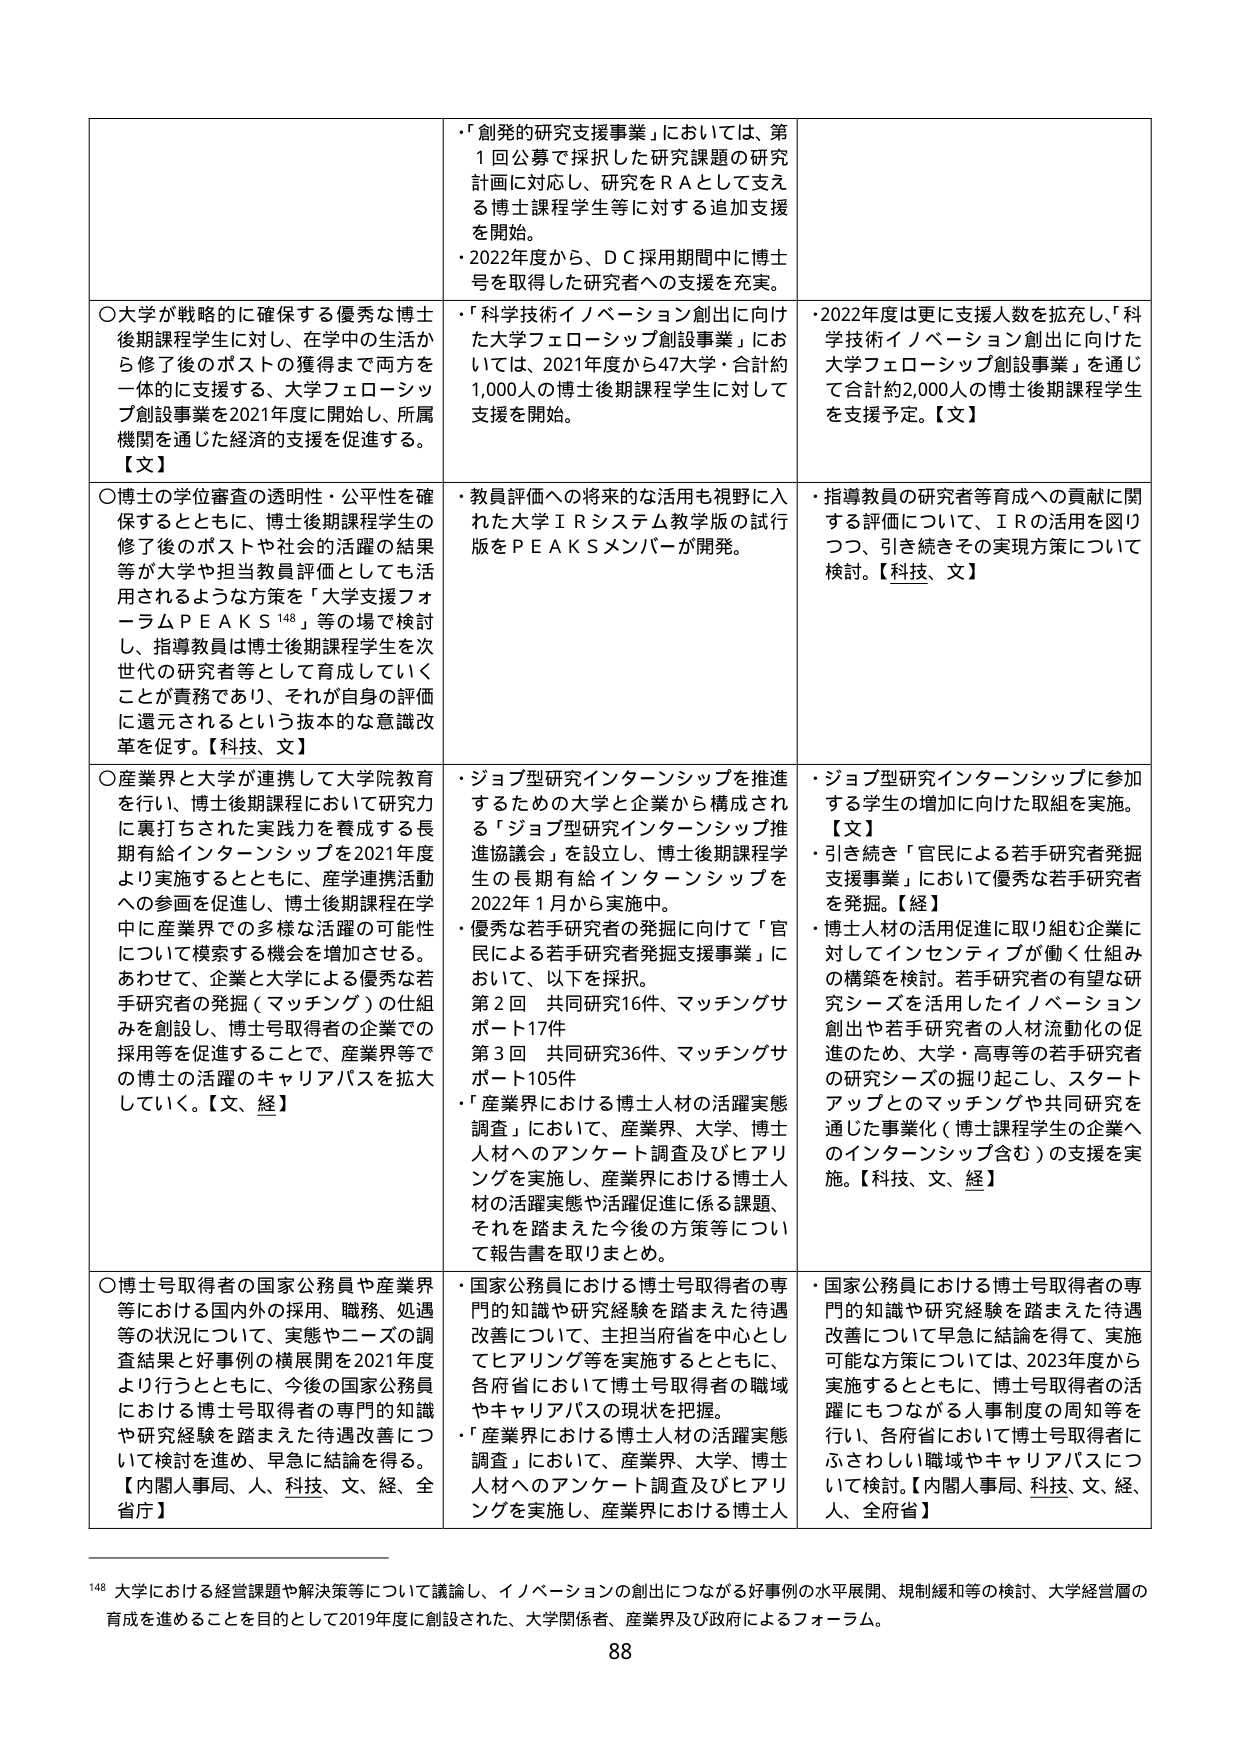
○博士の学位審査の透明性・公平性を確保するとともに、博士後期課程学生の修了後のポストや社会的活躍の結果等が大学や担当教員評価としても活用されるような方策を「大学支援フォーラムＰＥＡＫＳ¹⁴⁸」等の場で検討し、指導教員は博士後期課程学生を次世代の研究者等として育成していくことが責務であり、それが自身の評価に還元されるという抜本的な意識改革を促す。【科技、文】

○産業界と大学が連携して大学院教育を行い、博士後期課程において研究力に裏打ちされた実践力を養成する長期有給インターンシップを2021年度より実施するとともに、産学連携活動への参画を促進し、博士後期課程在学中に産業界での多様な活躍の可能性について模索する機会を増加させる。あわせて、企業と大学による優秀な若手研究者の発掘（マッチング）の仕組みを創設し、博士号取得者の企業での採用等を促進することで、産業界等での博士の活躍のキャリアパスを拡大していく。【文、経】

○博士号取得者の国家公務員や産業界等における国内外の採用、職務、処遇等の状況について、実態やニーズの調査結果と好事例の横展開を2021年度より行うとともに、今後の国家公務員における博士号取得者の専門的知識や研究経験を踏まえた待遇改善について検討を進め、早急に結論を得る。【内閣人事局、人、科技、文、経、全省庁】

・「創発的研究支援事業」においては、第1回公募で採択した研究課題の研究計画に対応し、研究をＲＡとして支える博士課程学生等に対する追加支援を開始。
・2022年度から、ＤＣ採用期間中に博士号を取得した研究者への支援を充実。

・「科学技術イノベーション創出に向けた大学フェローシップ創設事業」においては、2021年度から47大学・合計約1,000人の博士後期課程学生に対して支援を開始。

・教員評価への将来的な活用も視野に入れた大学ＩＲシステム教学版の試行版をＰＥＡＫＳメンバーが開発。

・ジョブ型研究インターンシップを推進するための大学と企業から構成される「ジョブ型研究インターンシップ推進協議会」を設立し、博士後期課程学生の長期有給インターンシップを2022年1月から実施中。
・優秀な若手研究者の発掘に向けて「官民による若手研究者発掘支援事業」において、以下を採択。
第2回 共同研究16件、マッチングサポート17件
第3回 共同研究36件、マッチングサポート105件
・「産業界における博士人材の活躍実態調査」において、産業界、大学、博士人材へのアンケート調査及びヒアリングを実施し、産業界における博士人材の活躍実態や活躍促進に係る課題、それを踏まえた今後の方策等について報告書を取りまとめ。

・国家公務員における博士号取得者の専門的知識や研究経験を踏まえた待遇改善について、主担当府省を中心としてヒアリング等を実施するとともに、各府省において博士号取得者の職域やキャリアパスの現状を把握。
・「産業界における博士人材の活躍実態調査」において、産業界、大学、博士人材へのアンケート調査及びヒアリングを実施し、産業界における博士人材の活躍実態や活躍促進に係る課題、それを踏まえた今後の方策等について報告書を取りまとめ。

・2022年度は更に支援人数を拡充し、「科学技術イノベーション創出に向けた大学フェローシップ創設事業」を通じて合計約2,000人の博士後期課程学生を支援予定。【文】

・指導教員の研究者等育成への貢献に関する評価について、ＩＲの活用を図りつつ、引き続きその実現方策について検討。【科技、文】

・ジョブ型研究インターンシップに参加する学生の増加に向けた取組を実施。【文】
・引き続き「官民による若手研究者発掘支援事業」において優秀な若手研究者を発掘。【経】
・博士人材の活用促進に取り組む企業に対してインセンティブが働く仕組みの構築を検討。若手研究者の有望な研究シーズを活用したイノベーション創出や若手研究者の人材流動化の促進のため、大学・高専等の若手研究者の研究シーズの掘り起こし、スタートアップとのマッチングや共同研究を通じた事業化（博士課程学生の企業へのインターンシップ含む）の支援を実施。【科技、文、経】

・国家公務員における博士号取得者の専門的知識や研究経験を踏まえた待遇改善について早期に結論を得て、実施可能な方策については、2023年度から実施するとともに、博士号取得者の活躍にもつながる人事制度の周知等を行い、各府省において博士号取得者にふさわしい職域やキャリアパスについて検討。【内閣人事局、科技、文、経、人、全省庁】

¹⁴⁸ 大学における経営課題や解決策等について議論し、イノベーションの創出につながる好事例の水平展開、規制緩和等の検討、大学経営層の育成を進めるなどを目的として2019年度に創設された、大学関係者、産業界及び政府によるフォーラム。

88